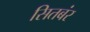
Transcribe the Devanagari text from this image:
सितबंर